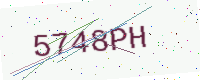
Text: 5748PH